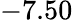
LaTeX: -7.50